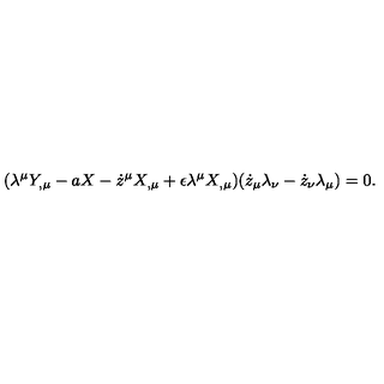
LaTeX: ( \lambda ^ { \mu } Y _ { , \mu } - a X - \dot { z } ^ { \mu } X _ { , \mu } + \epsilon \lambda ^ { \mu } X _ { , \mu } ) ( \dot { z } _ { \mu } \lambda _ { \nu } - \dot { z } _ { \nu } \lambda _ { \mu } ) = 0 .